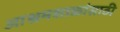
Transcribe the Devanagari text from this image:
आश्रमशाळांसाठी